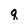
Character: g